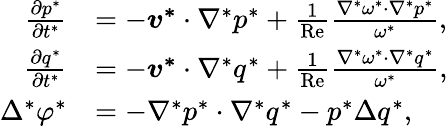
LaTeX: \begin{array}{rl}{\frac{\partial p^{*}}{\partial t^{*}}}&{=-\boldsymbol{v^{*}}\cdot\nabla^{*}p^{*}+\frac{1}{\mathrm{Re}}\frac{\nabla^{*}\omega^{*}\cdot\nabla^{*}p^{*}}{\omega^{*}},}\\ {\frac{\partial q^{*}}{\partial t^{*}}}&{=-\boldsymbol{v^{*}}\cdot\nabla^{*}q^{*}+\frac{1}{\mathrm{Re}}\frac{\nabla^{*}\omega^{*}\cdot\nabla^{*}q^{*}}{\omega^{*}},}\\ {\Delta^{*}\varphi^{*}}&{=-\nabla^{*}p^{*}\cdot\nabla^{*}q^{*}-p^{*}\Delta q^{*},}\end{array}